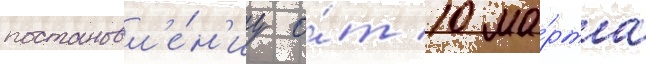
постановл'е́н'иу о́т 10 ма́рта